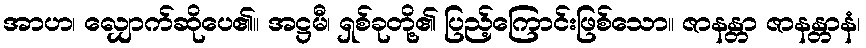
အာဟ၊ လျှောက်ဆိုပေ၏။ အဋ္ဌမီ၊ ရှစ်ခုတို့၏ ပြည့်ကြောင်းဖြစ်သော။ ဇာနန္တာ ဇာနန္တာနံ၊